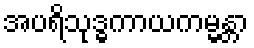
အပရိသုဒ္ဓကာယကမ္မန္တာ